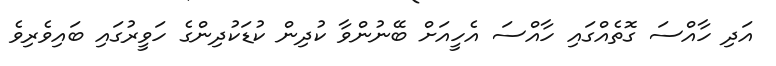
އަދި ހާއްސަ ގޮތެއްގައި ހާއްސަ އެހީއަށް ބޭނުންވާ ކުދިން ކުޑަކުދިންގެ ހަވީރުގައި ބައިވެރިވެ